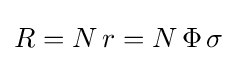
R=N\,r=N\,\Phi \,\sigma